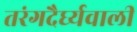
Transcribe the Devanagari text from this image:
तरंगदैर्घ्यवाली